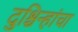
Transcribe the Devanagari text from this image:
दुश्चिन्हांचा